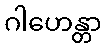
ဂါဟေန္တာ